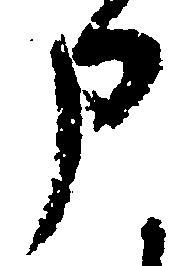
申